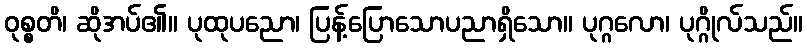
ဝုစ္စတိ၊ ဆိုအပ်၏။ ပုထုပညော၊ ပြန့်ပြောသောပညာရှိသော။ ပုဂ္ဂလော၊ ပုဂ္ဂိုလ်သည်။